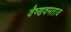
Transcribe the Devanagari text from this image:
वैष्णवमताज